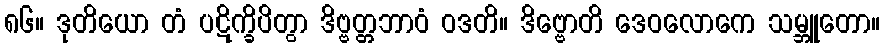
၈၆။ ဒုတိယော တံ ပဋိက္ခိပိတွာ ဒိဗ္ဗတ္တဘာဝံ ဝဒတိ။ ဒိဗ္ဗောတိ ဒေဝလောကေ သမ္ဘူတော။